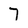
Character: 7